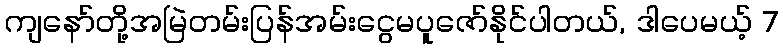
ကျနော်တို့အမြဲတမ်းပြန်အမ်းငွေမပူဇော်နိုင်ပါတယ်, ဒါပေမယ့် 7